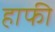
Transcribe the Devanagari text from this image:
हाफी